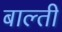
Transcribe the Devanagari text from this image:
बाल्ती